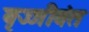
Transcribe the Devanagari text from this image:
वृज्जीवंत